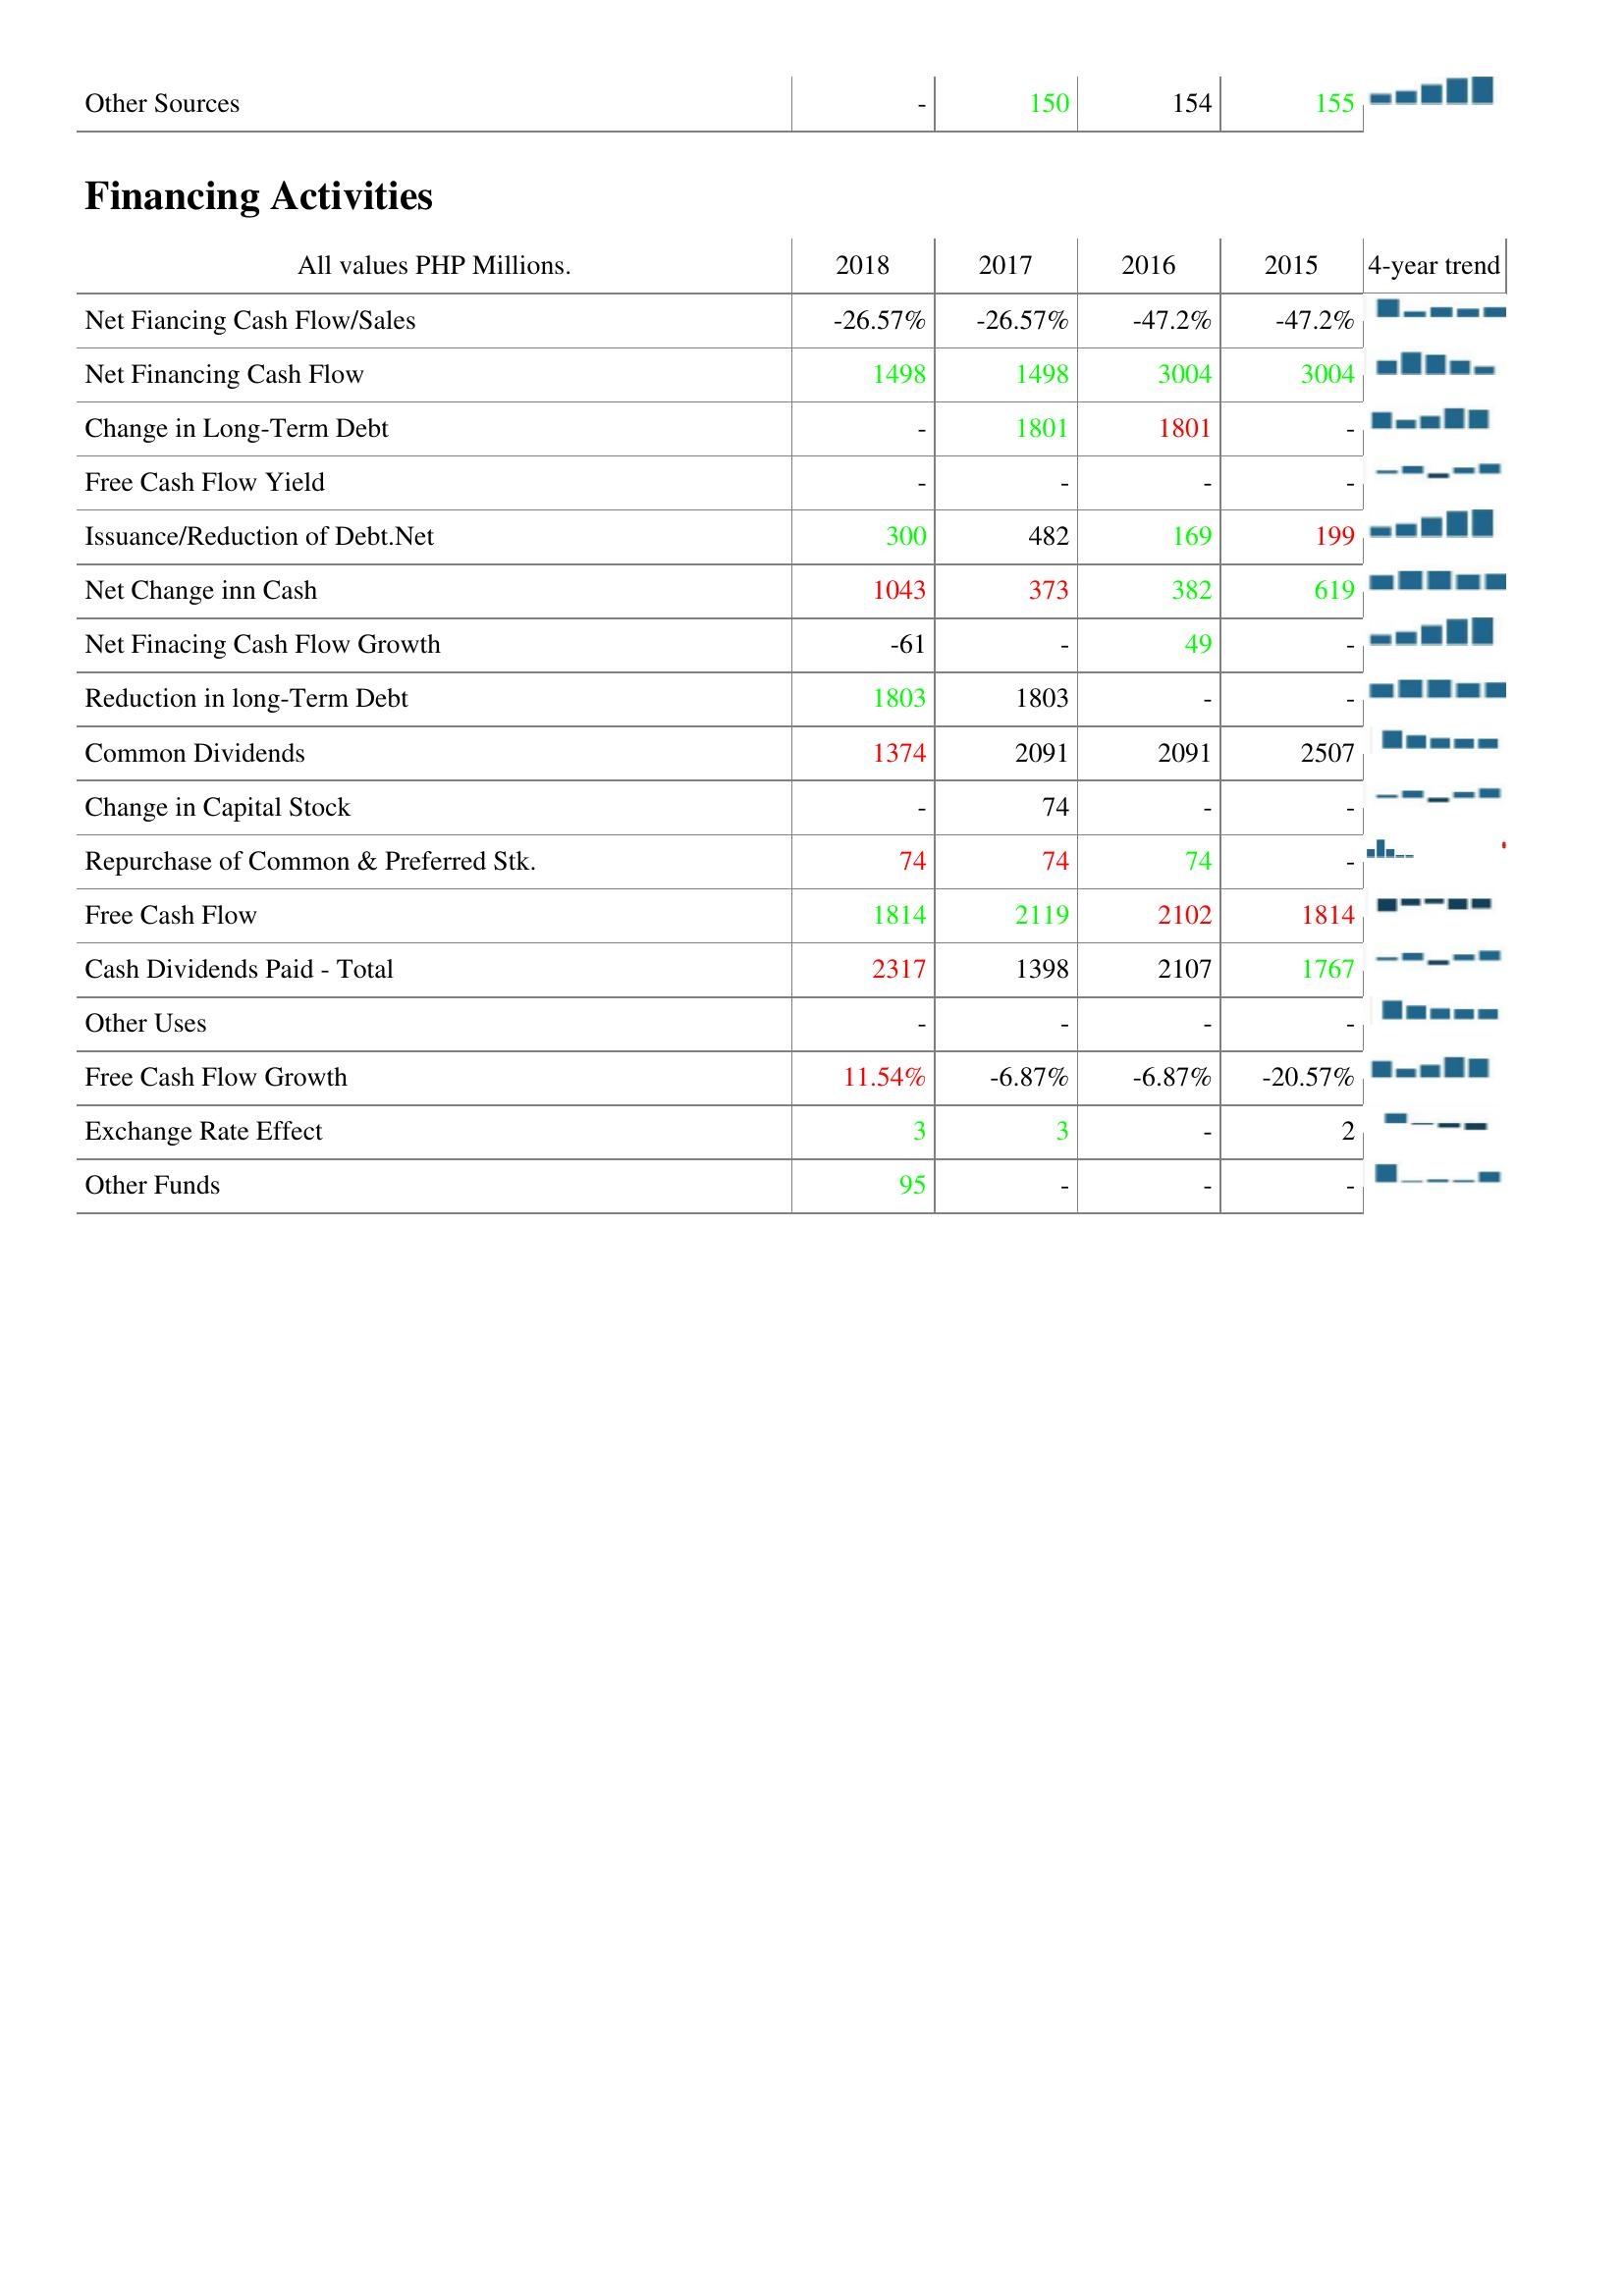
2018: Investing Activities: Other Sources: -
Financing Activities: Net Fiancing Cash Flow/Sales: -26.57%
Net Financing Cash Flow: 1498
Change in Long-Term Debt: -
Free Cash Flow Yield: -
Issuance/Reduction of Debt.Net: 300
Net Change inn Cash: 1043
Net Finacing Cash Flow Growth: -61
Reduction in long-Term Debt: 1803
Common Dividends: 1374
Change in Capital Stock: -
Repurchase of Common & Preferred Stk.: 74
Free Cash Flow: 1814
Cash Dividends Paid - Total: 2317
Other Uses: -
Free Cash Flow Growth: 11.54%
Exchange Rate Effect: 3
Other Funds: 95
2017: Investing Activities: Other Sources: 150
Financing Activities: Net Fiancing Cash Flow/Sales: -26.57%
Net Financing Cash Flow: 1498
Change in Long-Term Debt: 1801
Free Cash Flow Yield: -
Issuance/Reduction of Debt.Net: 482
Net Change inn Cash: 373
Net Finacing Cash Flow Growth: -
Reduction in long-Term Debt: 1803
Common Dividends: 2091
Change in Capital Stock: 74
Repurchase of Common & Preferred Stk.: 74
Free Cash Flow: 2119
Cash Dividends Paid - Total: 1398
Other Uses: -
Free Cash Flow Growth: -6.87%
Exchange Rate Effect: 3
Other Funds: -
2016: Investing Activities: Other Sources: 154
Financing Activities: Net Fiancing Cash Flow/Sales: -47.2%
Net Financing Cash Flow: 3004
Change in Long-Term Debt: 1801
Free Cash Flow Yield: -
Issuance/Reduction of Debt.Net: 169
Net Change inn Cash: 382
Net Finacing Cash Flow Growth: 49
Reduction in long-Term Debt: -
Common Dividends: 2091
Change in Capital Stock: -
Repurchase of Common & Preferred Stk.: 74
Free Cash Flow: 2102
Cash Dividends Paid - Total: 2107
Other Uses: -
Free Cash Flow Growth: -6.87%
Exchange Rate Effect: -
Other Funds: -
2015: Investing Activities: Other Sources: 155
Financing Activities: Net Fiancing Cash Flow/Sales: -47.2%
Net Financing Cash Flow: 3004
Change in Long-Term Debt: -
Free Cash Flow Yield: -
Issuance/Reduction of Debt.Net: 199
Net Change inn Cash: 619
Net Finacing Cash Flow Growth: -
Reduction in long-Term Debt: -
Common Dividends: 2507
Change in Capital Stock: -
Repurchase of Common & Preferred Stk.: -
Free Cash Flow: 1814
Cash Dividends Paid - Total: 1767
Other Uses: -
Free Cash Flow Growth: -20.57%
Exchange Rate Effect: 2
Other Funds: -